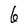
Character: 6